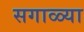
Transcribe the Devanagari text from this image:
सगाळ्या